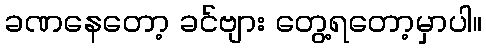
ခဏနေတော့ ခင်ဗျား တွေ့ရတော့မှာပါ။